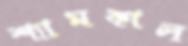
শ্যামকাল